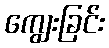
ကျွေးခြင်း